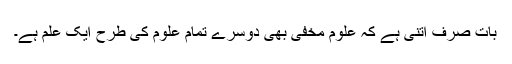
بات صرف اتنی ہے کہ علوم مخفی بھی دوسرے تمام علوم کی طرح ایک علم ہے۔